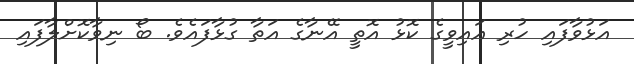
އަޅުވާފައި ހުރި އައިވީގެ ކޮޅު އޮތީ އޭނާގެ އަތާ ގުޅާފައެވެ. ބޯ ނިވާކޮށްލާފައި